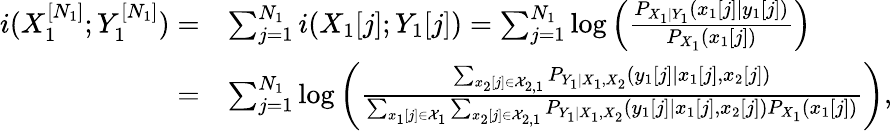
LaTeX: \begin{array}{rl}{i(X_{1}^{[N_{1}]};Y_{1}^{[N_{1}]})=}&{\sum_{j=1}^{N_{1}}i(X_{1}[j];Y_{1}[j])=\sum_{j=1}^{N_{1}}\log\left(\frac{P_{X_{1}|Y_{1}}(x_{1}[j]|y_{1}[j])}{P_{X_{1}}(x_{1}[j])}\right)}\\ {=}&{\sum_{j=1}^{N_{1}}\log\left(\frac{\sum_{x_{2}[j]\in\mathcal{X}_{2,1}}P_{Y_{1}|X_{1},X_{2}}(y_{1}[j]|x_{1}[j],x_{2}[j])}{\sum_{x_{1}[j]\in\mathcal{X}_{1}}\sum_{x_{2}[j]\in\mathcal{X}_{2,1}}P_{Y_{1}|X_{1},X_{2}}(y_{1}[j]|x_{1}[j],x_{2}[j])P_{X_{1}}(x_{1}[j])}\right),}\end{array}